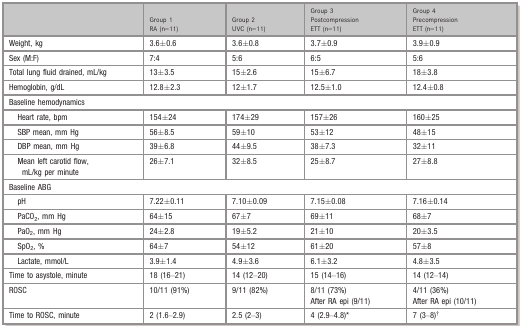
<table><thead><tr><td></td><td><b>Group 1 RA (n=11)</b></td><td><b>Group 2 UVC (n=11)</b></td><td><b>Group 3 Postcompression ETT (n=11)</b></td><td><b>Group 4 Precompression ETT (n=11)</b></td></tr></thead><tbody><tr><td>Weight, kg</td><td>3.6±0.6</td><td>3.6±0.8</td><td>3.7±0.9</td><td>3.9±0.9</td></tr><tr><td>Sex (M:F)</td><td>7:4</td><td>5:6</td><td>6:5</td><td>5:6</td></tr><tr><td>Total lung fluid drained, mL/kg</td><td>13±3.5</td><td>15±2.6</td><td>15±6.7</td><td>18±3.8</td></tr><tr><td>Hemoglobin, g/dL</td><td>12.8±2.3</td><td>12±1.7</td><td>12.5±1.0</td><td>12.4±0.8</td></tr><tr><td colspan="5">Baseline hemodynamics</td></tr><tr><td>Heart rate, bpm</td><td>154±24</td><td>174±29</td><td>157±26</td><td>160±25</td></tr><tr><td>SBP mean, mm Hg</td><td>56±8.5</td><td>59±10</td><td>53±12</td><td>48±15</td></tr><tr><td>DBP mean, mm Hg</td><td>39±6.8</td><td>44±9.5</td><td>38±7.3</td><td>32±11</td></tr><tr><td>Mean left carotid flow, mL/kg per minute</td><td>26±7.1</td><td>32±8.5</td><td>25±8.7</td><td>27±8.8</td></tr><tr><td colspan="5">Baseline ABG</td></tr><tr><td>pH</td><td>7.22±0.11</td><td>7.10±0.09</td><td>7.15±0.08</td><td>7.16±0.14</td></tr><tr><td>PaCO<sub>2</sub>, mm Hg</td><td>64±15</td><td>67±7</td><td>69±11</td><td>68±7</td></tr><tr><td>PaO<sub>2</sub>, mm Hg</td><td>24±2.8</td><td>19±5.2</td><td>21±10</td><td>20±3.5</td></tr><tr><td>SpO<sub>2</sub>, %</td><td>64±7</td><td>54±12</td><td>61±20</td><td>57±8</td></tr><tr><td>Lactate, mmol/L</td><td>3.9±1.4</td><td>4.9±3.6</td><td>6.1±3.2</td><td>4.8±3.5</td></tr><tr><td>Time to asystole, minute</td><td>18 (16–21)</td><td>14 (12–20)</td><td>15 (14–16)</td><td>14 (12–14)</td></tr><tr><td>ROSC</td><td>10/11 (91%)</td><td>9/11 (82%)</td><td>8/11 (73%)After RA epi (9/11)</td><td>4/11 (36%)After RA epi (10/11)</td></tr><tr><td>Time to ROSC, minute</td><td>2 (1.6–2.9)</td><td>2.5 (2–3)</td><td>4 (2.9–4.8)a</td><td>7 (3–8)b</td></tr></tbody></table>